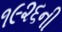
૧૯૨૬ની